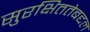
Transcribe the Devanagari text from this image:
सुरक्षिततेबद्दल